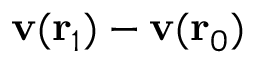
\mathbf { v } ( \mathbf { r } _ { 1 } ) - \mathbf { v } ( \mathbf { r } _ { 0 } )